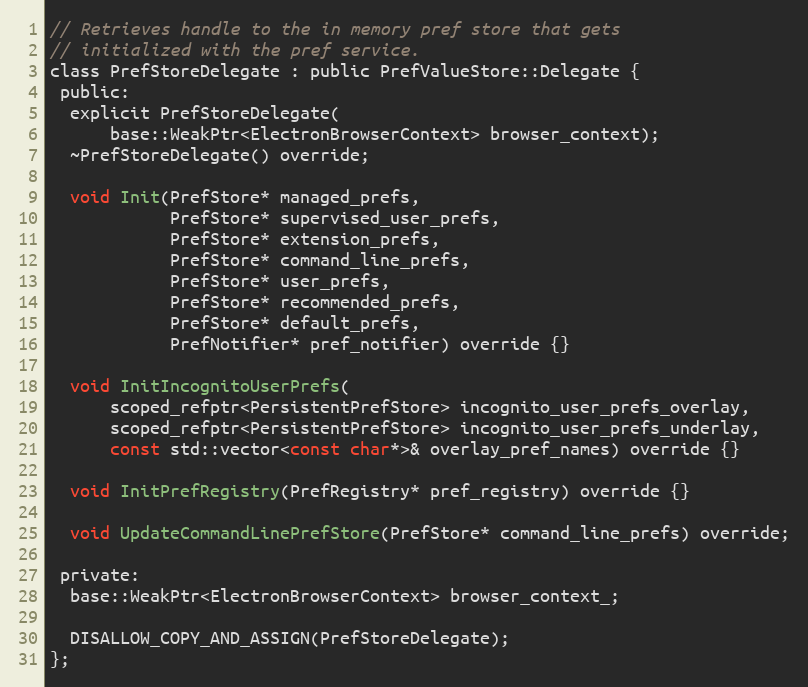
Language: C
// Retrieves handle to the in memory pref store that gets
// initialized with the pref service.
class PrefStoreDelegate : public PrefValueStore::Delegate {
 public:
  explicit PrefStoreDelegate(
      base::WeakPtr<ElectronBrowserContext> browser_context);
  ~PrefStoreDelegate() override;

  void Init(PrefStore* managed_prefs,
            PrefStore* supervised_user_prefs,
            PrefStore* extension_prefs,
            PrefStore* command_line_prefs,
            PrefStore* user_prefs,
            PrefStore* recommended_prefs,
            PrefStore* default_prefs,
            PrefNotifier* pref_notifier) override {}

  void InitIncognitoUserPrefs(
      scoped_refptr<PersistentPrefStore> incognito_user_prefs_overlay,
      scoped_refptr<PersistentPrefStore> incognito_user_prefs_underlay,
      const std::vector<const char*>& overlay_pref_names) override {}

  void InitPrefRegistry(PrefRegistry* pref_registry) override {}

  void UpdateCommandLinePrefStore(PrefStore* command_line_prefs) override;

 private:
  base::WeakPtr<ElectronBrowserContext> browser_context_;

  DISALLOW_COPY_AND_ASSIGN(PrefStoreDelegate);
};